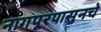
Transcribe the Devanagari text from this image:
नागपूरपासुनचे